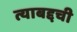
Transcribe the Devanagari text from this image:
त्याबद्दची